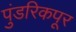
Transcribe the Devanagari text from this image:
पुंडरिकपूर